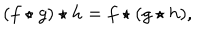
( f \star g ) \star h = f \star ( g \star h ) ,